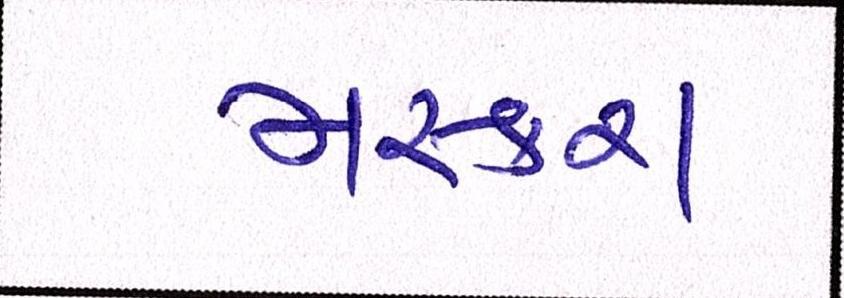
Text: મસ્કરા